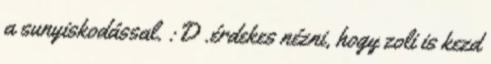
a sunyiskodással. :D .érdekes nézni, hogy zoli is kezd